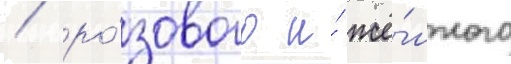
/ ро́зового и́ жё́лтого